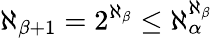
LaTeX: \aleph_{\beta+1}=2^{\aleph_{\beta}}\leq\aleph_{\alpha}^{\aleph_{\beta}}